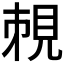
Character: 𧠥